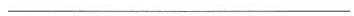
___